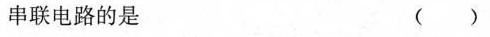
串联电路的是 （）